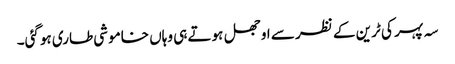
سہ پہر کی ٹرین کے نظر سے اوجھل ہوتے ہی وہاں خاموشی طاری ہوگئی۔